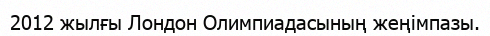
2012 жылғы Лондон Олимпиадасының жеңімпазы.